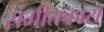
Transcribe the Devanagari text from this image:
संगीतकारा